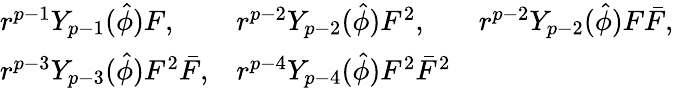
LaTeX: \begin{array}{lll}{{r^{p-1}Y_{p-1}(\hat{\phi})F,}}&{{r^{p-2}Y_{p-2}(\hat{\phi})F^{2},}}&{{r^{p-2}Y_{p-2}(\hat{\phi})F\bar{F},}}\\ {{r^{p-3}Y_{p-3}(\hat{\phi})F^{2}\bar{F},}}&{{r^{p-4}Y_{p-4}(\hat{\phi})F^{2}\bar{F}^{2}}}&{{}}\end{array}